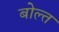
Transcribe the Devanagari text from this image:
बोल्त